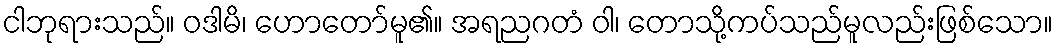
ငါဘုရားသည်။ ဝဒါမိ၊ ဟောတော်မူ၏။ အရညဂတံ ဝါ၊ တောသို့ကပ်သည်မူလည်းဖြစ်သော။